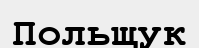
Польщук